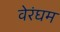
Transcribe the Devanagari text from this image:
वेरंघम